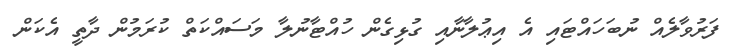
ފަރުވާލެއް ނުބަހައްޓައި އެ އިޢުލާނާއި ގުޅިގެން ހުއްޓާނުލާ މަސައްކަތް ކުރަމުން ދާތީ އެކަން